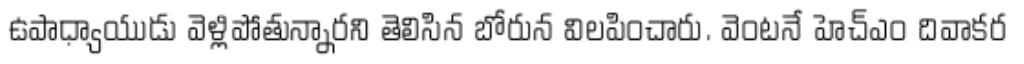
ఉపాధ్యాయుడు వెళ్లిపోతున్నారని తెలిసిన బోరున విలపించారు. వెంటనే హెచ్ఎం దివాకర